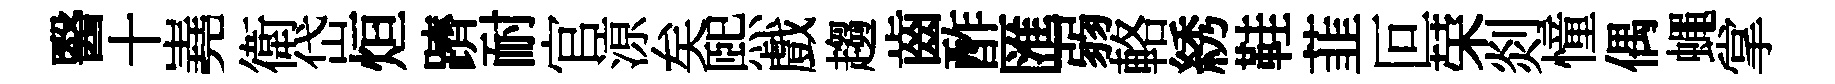
醫十嶤衛岱烜躋耐官鿌矣熙戲趨齒酢匯弱輅綉鞋韮叵荣剡憧偶蠅掌